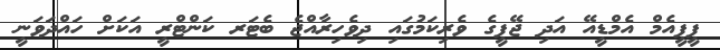
ޕީޕީއެމް އެމްޑީއޭ އަދި ޖޭޕީގެ ވެރިކަމުގައި ދިވެހިރާއްޖެ ބެޓަރ ކަންޓްރީ އަކަަށް ހައްދަވަނީ